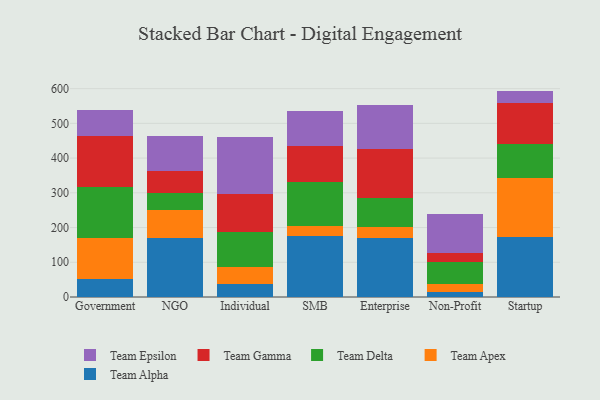
{"axis": {"x": "Segment", "y": "Net Income (USD K)"}, "legend": ["Team Alpha", "Team Apex", "Team Delta", "Team Epsilon", "Team Gamma"], "data": [{"x": "Government", "y": 51.5, "type": "Team Alpha"}, {"x": "Government", "y": 117.1, "type": "Team Apex"}, {"x": "Government", "y": 149.3, "type": "Team Delta"}, {"x": "Government", "y": 145.4, "type": "Team Gamma"}, {"x": "Government", "y": 74.4, "type": "Team Epsilon"}, {"x": "NGO", "y": 168.8, "type": "Team Alpha"}, {"x": "NGO", "y": 82.5, "type": "Team Apex"}, {"x": "NGO", "y": 48.5, "type": "Team Delta"}, {"x": "NGO", "y": 62.5, "type": "Team Gamma"}, {"x": "NGO", "y": 100.8, "type": "Team Epsilon"}, {"x": "Individual", "y": 36.9, "type": "Team Alpha"}, {"x": "Individual", "y": 49.7, "type": "Team Apex"}, {"x": "Individual", "y": 101.4, "type": "Team Delta"}, {"x": "Individual", "y": 108.1, "type": "Team Gamma"}, {"x": "Individual", "y": 165.1, "type": "Team Epsilon"}, {"x": "SMB", "y": 176.0, "type": "Team Alpha"}, {"x": "SMB", "y": 28.5, "type": "Team Apex"}, {"x": "SMB", "y": 125.9, "type": "Team Delta"}, {"x": "SMB", "y": 105.3, "type": "Team Gamma"}, {"x": "SMB", "y": 100.4, "type": "Team Epsilon"}, {"x": "Enterprise", "y": 168.6, "type": "Team Alpha"}, {"x": "Enterprise", "y": 32.4, "type": "Team Apex"}, {"x": "Enterprise", "y": 83.7, "type": "Team Delta"}, {"x": "Enterprise", "y": 140.7, "type": "Team Gamma"}, {"x": "Enterprise", "y": 126.2, "type": "Team Epsilon"}, {"x": "Non-Profit", "y": 13.9, "type": "Team Alpha"}, {"x": "Non-Profit", "y": 23.3, "type": "Team Apex"}, {"x": "Non-Profit", "y": 64.9, "type": "Team Delta"}, {"x": "Non-Profit", "y": 25.9, "type": "Team Gamma"}, {"x": "Non-Profit", "y": 112.4, "type": "Team Epsilon"}, {"x": "Startup", "y": 173.8, "type": "Team Alpha"}, {"x": "Startup", "y": 168.2, "type": "Team Apex"}, {"x": "Startup", "y": 99.9, "type": "Team Delta"}, {"x": "Startup", "y": 116.0, "type": "Team Gamma"}, {"x": "Startup", "y": 35.7, "type": "Team Epsilon"}]}